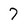
Character: 7